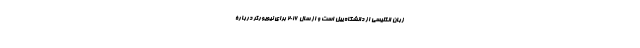
زبان انگلیسی از دانشگاه ییل است و از سال ۲۰۱۶ برای نیویورکر دربارۀ